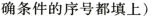
确条件的序号都填上)